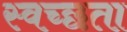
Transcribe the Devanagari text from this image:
स्वच्‍छता